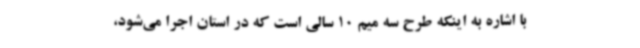
با اشاره به اینکه طرح سه میم 10 سالی است که در استان اجرا می‌شود،